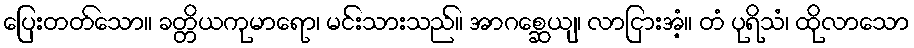
ပြေးတတ်သော။ ခတ္တိယကုမာရော၊ မင်းသားသည်။ အာဂစ္ဆေယျ၊ လာငြားအံ့။ တံ ပုရိသံ၊ ထိုလာသော